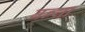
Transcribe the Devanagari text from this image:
बन्या